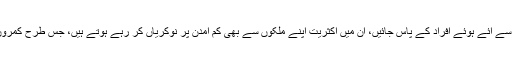
آپ لاتعداد یورپ کے ممالک میں جانے والے پاکستانیوں اور دیگر مسلمان ملکوں سے آئے ہوئے افراد کے پاس جائیں، ان میں اکثریت اپنے ملکوں سے بھی کم آمدن پر نوکریاں کر رہے ہوتے ہیں، جس طرح کمروں میں باریاں لگا لگا کر سوتے ہیں، ویسا وہ اپنے گاؤں میں سوچ بھی نہیں سکتے۔